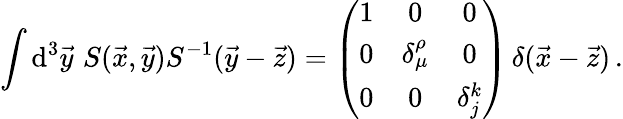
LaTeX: \int\mathrm{d}^{3}\vec{{y}}\, \, S(\vec{{x}},\vec{{y}})S^{-1}(\vec{{y}}-\vec{{z}})=\left(\begin{array}{ccc}{{1}}&{{0}}&{{0}}\\ {{0}}&{{\delta_{\mu}^{\rho}}}&{{0}}\\ {{0}}&{{0}}&{{\delta_{j}^{k}}}\end{array}\right)\, \delta(\vec{{x}}-\vec{{z}})\, .